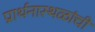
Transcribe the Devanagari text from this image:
प्रार्थनास्थळांची